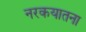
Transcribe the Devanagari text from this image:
नरकयातना